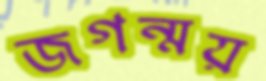
জগন্ময়